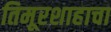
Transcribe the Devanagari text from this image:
तिमूरशाहाचा